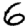
Digit: 6